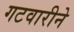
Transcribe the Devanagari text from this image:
गटवारीने